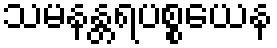
သမနန္တရပစ္စယေန